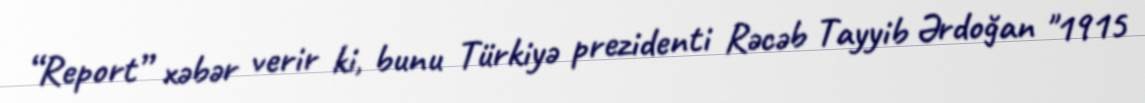
“Report” xəbər verir ki, bunu Türkiyə prezidenti Rəcəb Tayyib Ərdoğan "1915